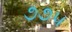
૭૭૫